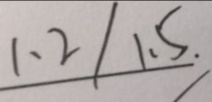
3 1 . 1 . 2 / 1 . 5 .